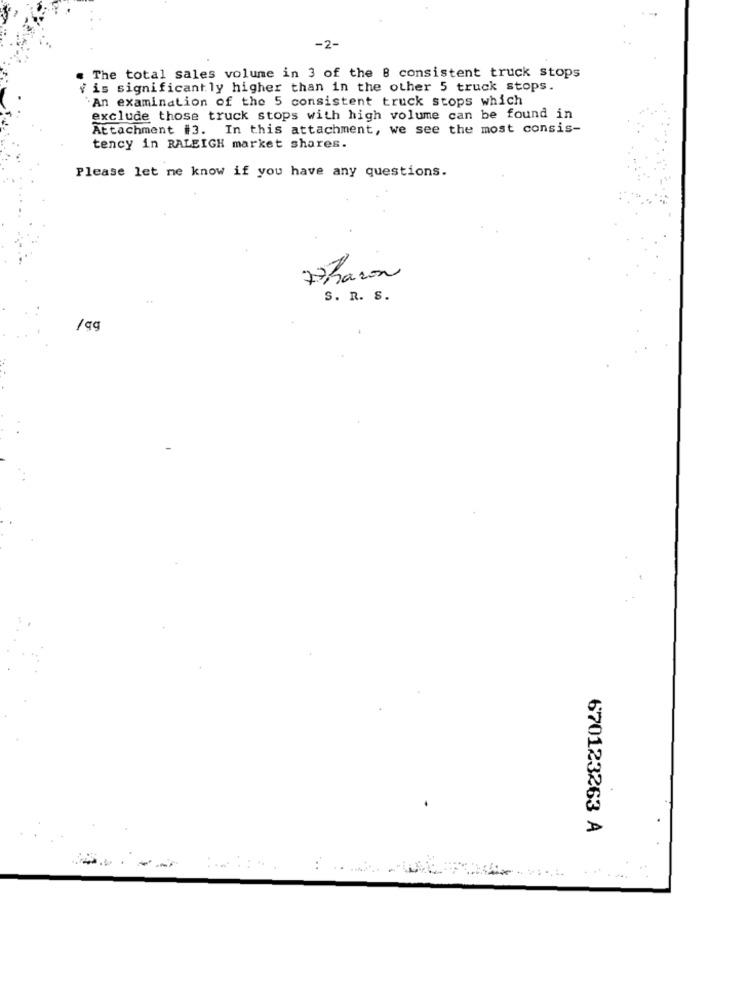
-2-
. The total sales volume in 3 of the 8 consistent truck stops
v is significantly higher than in the other 5 truck stops.
'An examination of the 5 consistent truck stops which
exclude those truck stops with high volume can be found in
Attachment #3. In this attachment, we see the most consis-
tency in RALEIGH market shares.
Please let me know if you have any questions.
7Bacon
S. R. S.
/qq
670123263 A